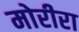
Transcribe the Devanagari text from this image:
मोरीरा